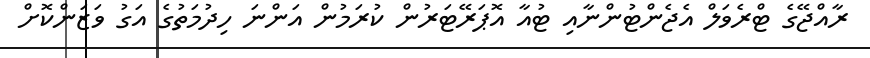
ރާއްޖޭގެ ޓްރެވަލް އެޖެންޓުންނާއި ޓުއާ އޮޕަރޭޓަރުން ކުރަމުން އަންނަ ހިދުމަތުގެ އަގު ވަޒަންކޮށް